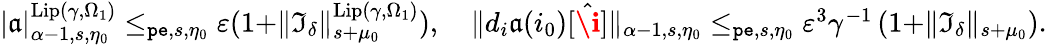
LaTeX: \begin{array}{r}{|\mathfrak{a}|_{\alpha-1,s,\eta_{0}}^{\mathrm{Lip}(\gamma,\Omega_{1})}\le_{\mathtt{pe},s,\eta_{0}}\varepsilon(1+\rVert\mathfrak{I}_{\delta}\rVert_{s+\mu_{0}}^{\mathrm{Lip}(\gamma,\Omega_{1})}),\quad\rVert d_{i}\mathfrak{a}(i_{0})[\hat{\textbf{\i}}]\rVert_{\alpha-1,s,\eta_{0}}\le_{\mathtt{pe},s,\eta_{0}}\varepsilon^{3}\gamma^{-1}\left(1+\rVert\mathfrak{I}_{\delta}\rVert_{s+\mu_{0}}\right).}\end{array}